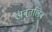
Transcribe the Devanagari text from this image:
अबुतलिब